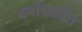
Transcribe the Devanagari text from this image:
वर्षाधारित